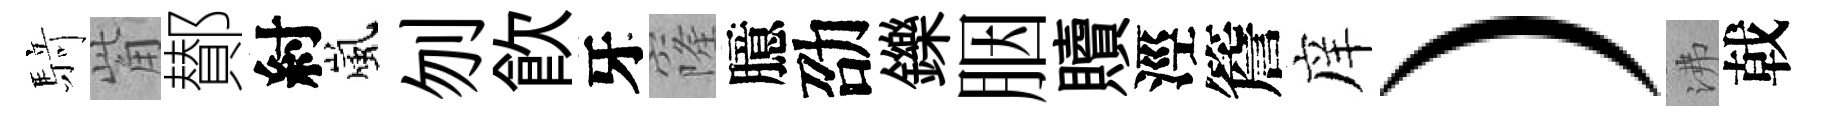
𮪍觜鄼紂嵐刎飮牙窿臆劭鑠胭贖涇簷庠）沸戟